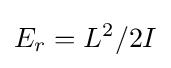
E_{r}=L^{2}/2I